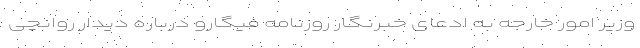
وزیر امور خارجه به ادعای خبرنگار روزنامه فیگارو درباره دیدار روانچی